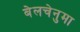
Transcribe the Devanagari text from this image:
बेलचेनुमा